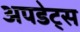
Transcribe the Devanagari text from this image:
अपडेट्स